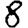
Digit: 8